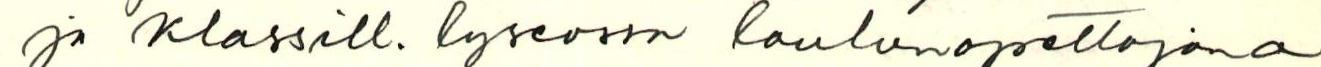
ja Klassill. lyseossa laulunopettajana